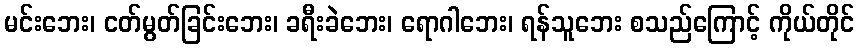
မင်းဘေး၊ ငတ်မွတ်ခြင်းဘေး၊ ခရီးခဲဘေး၊ ရောဂါဘေး၊ ရန်သူဘေး စသည်ကြောင့် ကိုယ်တိုင်